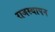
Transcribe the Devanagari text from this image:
राजस्थापन